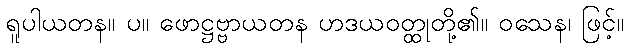
ရူပါယတန။ ပ။ ဖောဋ္ဌဗ္ဗာယတန ဟဒယဝတ္ထုတို့၏။ ဝသေန၊ ဖြင့်။